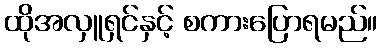
ထိုအလှူရှင်နှင့် စကားပြောရမည်။